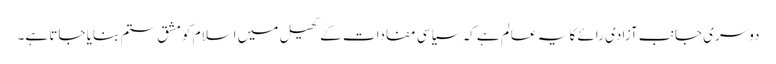
دوسری جانب آزادی رائے کا یہ عالم ہے کہ سیاسی مفادات کے کھیل میں اسلام کو مشق ستم بنایا جاتا ہے۔